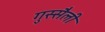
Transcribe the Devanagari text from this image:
गुस्सैली